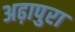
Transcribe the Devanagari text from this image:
अढ़ापुरा